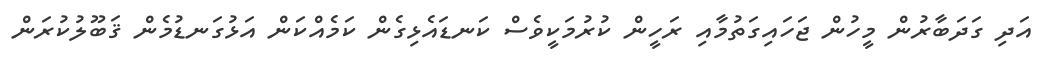
އަދި ގަދަބާރުން މީހުން ޖަހައިގަތުމާއި ރަހީން ކުރުމަކީވެސް ކަނޑައެޅިގެން ކަމެއްކަން އަޅުގަނޑުމެން ޤަބޫލުކުރަން